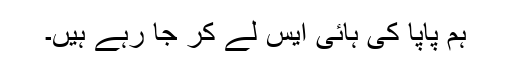
ہم پاپا کی ہائی ایس لے کر جا رہے ہیں۔